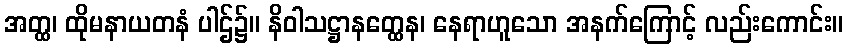
အတ္ထ၊ ထိုမနာယတနံ ပါဌ်၌။ နိဝါသဋ္ဌာနတ္ထေန၊ နေရာဟူသော အနက်ကြောင့် လည်းကောင်း။